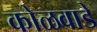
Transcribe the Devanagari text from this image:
कोळवाडे